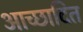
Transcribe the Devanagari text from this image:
आच्‍छादित